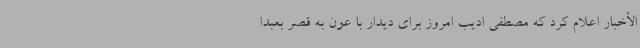
الأخبار اعلام کرد که مصطفی ادیب امروز برای دیدار با عون به قصر بعبدا